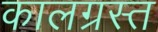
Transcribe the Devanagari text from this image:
कालग्रस्त